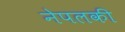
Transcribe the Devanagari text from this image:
नेपलकी